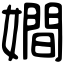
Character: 𡢃